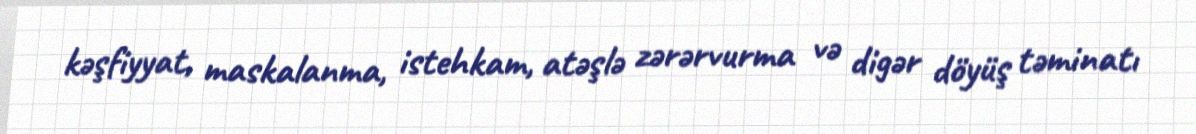
kəşfiyyat, maskalanma, istehkam, atəşlə zərərvurma və digər döyüş təminatı